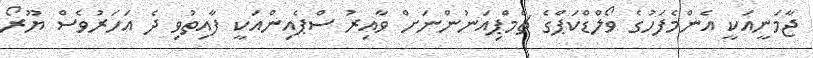
ޖާމަނީއަކީ އެންމެފަހުގެ ވޯލްޑްކަޕްގެ ޗެމްޕިއަނުންނަށް ވާއިރު ސްޕެއިންއަކީ ފާއިތުވި ދެ އަހަރުވެސް ޔޫރޯ